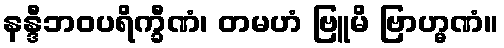
နန္ဒီဘဝပရိက္ခီဏံ၊ တမဟံ ဗြူမိ ဗြာဟ္မဏံ။